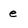
Character: e